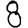
Digit: 8